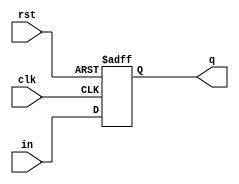
module d_ff(
    input in,
    input clk,
    input rst,
    output reg q    
    ); 
    
    always@(posedge clk, posedge rst)
    begin
        if(rst)
            q<= 0;
        else 
            q <=in;
        end
endmodule

module piso (   
    input inA,inB,inC,inD,clk,rst,s_l,
    output q
    );
     wire q1,q2,q3,t1,t2,t3;
    d_ff d1(inA,clk,rst,q1);
     assign t1 = s_l? q1 : inB ;
    d_ff d2(t1,clk,rst,q2);
      assign t2 = s_l? q2 : inC ;
    d_ff d3(t2,clk,rst,q3);
      assign t3 = s_l? q3 : inD ;
    d_ff d4(t3,clk,rst,q);
    
endmodule